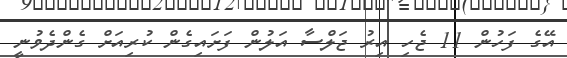
އޭގެ ފަހުން 11 ޖެހި އިރު ޖަލްސާ އަލުން ފަށައިގެން ކުރިއަށް ގެންދެވުނީ